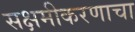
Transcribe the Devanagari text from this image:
सक्षमीकरणाचा